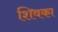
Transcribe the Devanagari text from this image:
शिवका